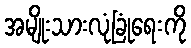
အမျိုးသားလုံခြုံရေးကို